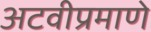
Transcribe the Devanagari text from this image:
अटवीप्रमाणे